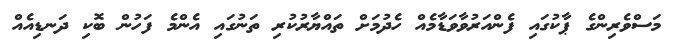
މަސްވެރިންގެ ޕާކުގައި ފެންއަރުވާވަޑާމެއް ހެދުމަށް ތައްޔާރުކުރި ތަނުގައި އެންމެ ފަހުން ބޮކި ދަނޑިއެއް